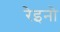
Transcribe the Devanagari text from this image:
रेइनो